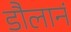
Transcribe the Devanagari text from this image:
डौलानं